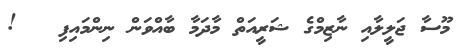
މޫސާ ޖަލީލާއި ނާޒިމްގެ ޝަރީއަތް މާދަމާ ބާއްވަން ނިންމައިފި   !